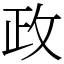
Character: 政